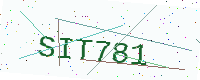
Text: SIT781